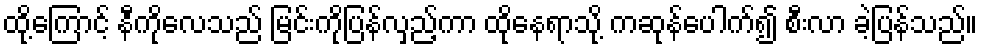
ထို့ကြောင့် နီကိုလေသည် မြင်းကိုပြန်လှည့်ကာ ထိုနေရာသို့ ကဆုန်ပေါက်၍ စီးလာ ခဲ့ပြန်သည်။